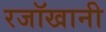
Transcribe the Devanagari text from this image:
रजॉखानी